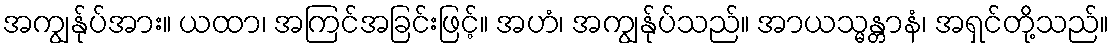
အကျွန်ုပ်အား။ ယထာ၊ အကြင်အခြင်းဖြင့်။ အဟံ၊ အကျွန်ုပ်သည်။ အာယသ္မန္တာနံ၊ အရှင်တို့သည်။